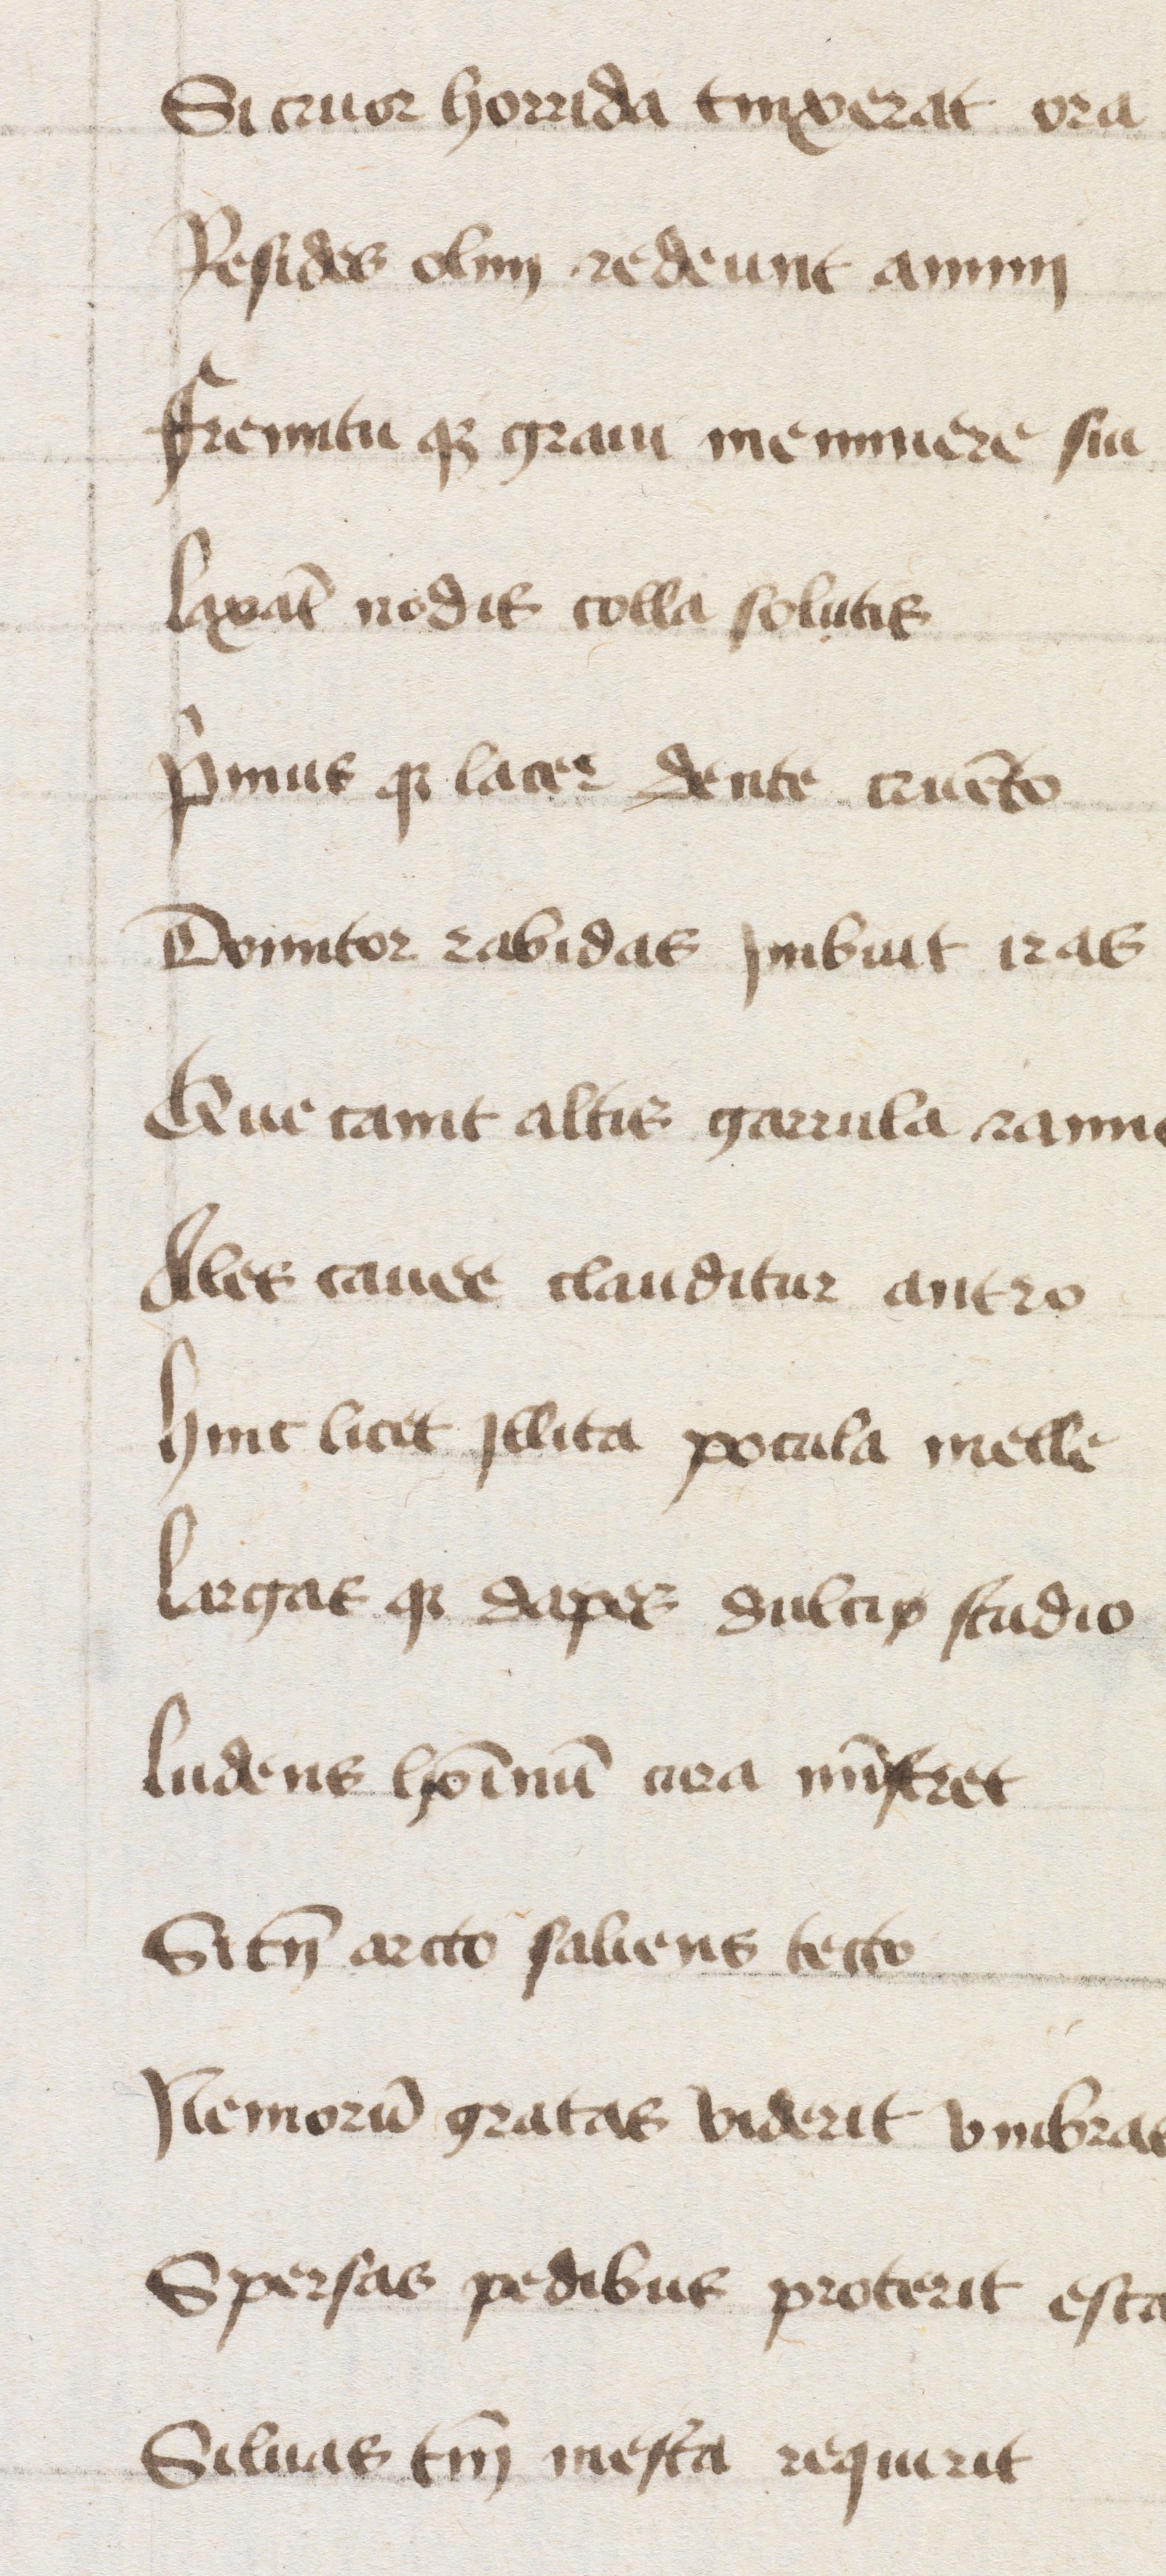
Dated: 1447–1447